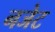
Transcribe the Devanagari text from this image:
नजेट